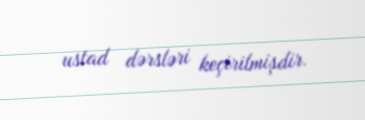
ustad dərsləri keçirilmişdir.